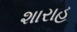
શારાહ